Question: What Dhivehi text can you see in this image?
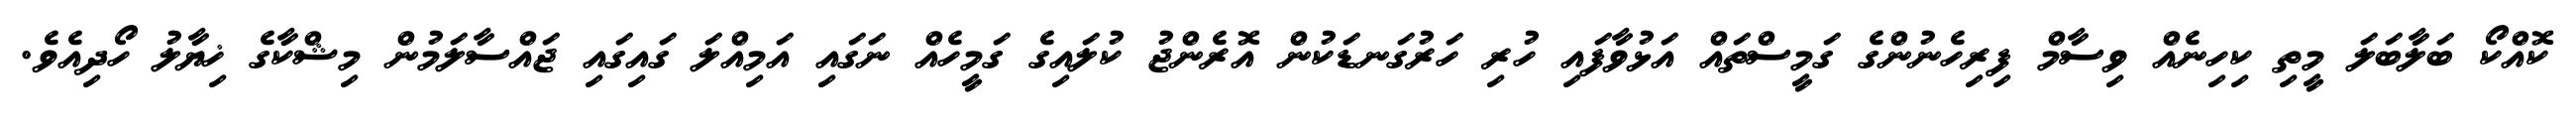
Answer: ކޮއްކޯ ބަލާބަލަ މީތި ކިހިނެއް ވިސާމް ފިރިހެނުންގެ ގަމީސްތައް އަޅުވާފައި ހުރި ހަރުގަނޑަކުން އޮރެންޖު ކުލައިގެ ގަމީހެއް ނަގައި އަމިއްލަ ގައިގައި ޖައްސާލަމުން މިޝްކާގެ ޚިޔާލު ހޯދިއެވެ.